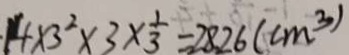
1 4 \times 3 ^ { 2 } \times 3 \times \frac { 1 } { 3 } = 2 8 . 2 6 ( c m ^ { 3 } )